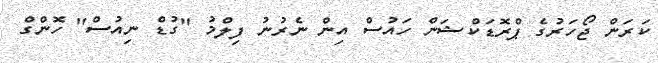
ކަރަން ޖޯހަރުގެ ޕްރޮޑަކްޝަން ހައުސް އިން ނެރުނު ފިލްމު "ގުޑް ނިއުސް" ހޮންގް